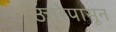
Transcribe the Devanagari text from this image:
उत्तरेपासून